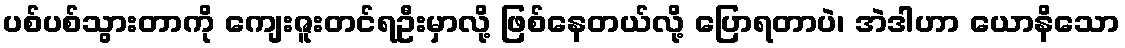
ပစ်ပစ်သွားတာကို ကျေးဇူးတင်ရဦးမှာလို့ ဖြစ်နေတယ်လို့ ပြောရတာပဲ၊ အဲဒါဟာ ယောနိသော